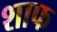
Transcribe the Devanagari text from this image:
शाफ